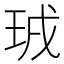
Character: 珬